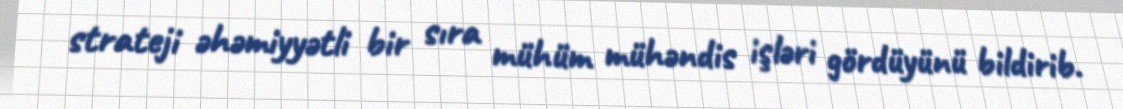
strateji əhəmiyyətli bir sıra mühüm mühəndis işləri gördüyünü bildirib.